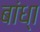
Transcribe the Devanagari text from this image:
बांध्‍ा